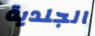
الجلدية